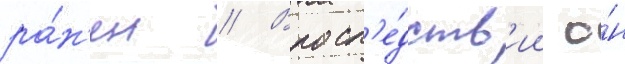
ра́н'ен // Впосл'е́дств'ии о́н